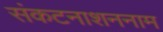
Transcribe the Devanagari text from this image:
संकटनाशननाम